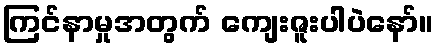
ကြင်နာမှုအတွက် ကျေးဇူးပါပဲနော်။